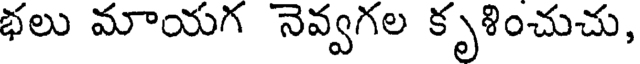
భలు మాయగ నెవ్వగల కృళించుచు,